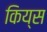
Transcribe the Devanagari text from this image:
किय्स